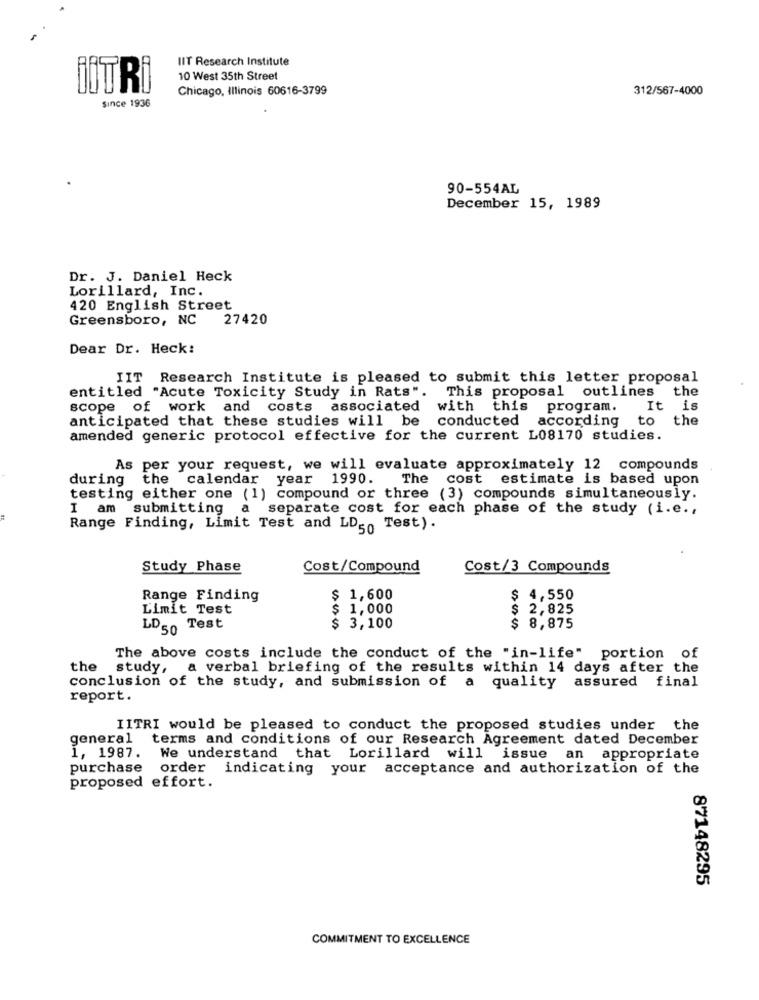
IIT Research Institute
10 West 35th Street
İITRİ
Chicago, Illinois 60616-3799
312/567-4000
Since 1936
90-554AL
December 15, 1989
Dr. J. Daniel Heck
Lorillard, Inc.
420 English Street
Greensboro, NC 27420
Dear Dr. Heck:
IIT Research Institute is pleased to submit this letter proposal
entitled "Acute Toxicity Study in Rats". This proposal outlines the
scope of work and costs associated with this
program.
It is
anticipated that these studies will be conducted according
to the
amended generic protocol effective for the current L08170 studies.
As per your request, we will evaluate approximately 12 compounds
during the calendar year 1990.
The cost estimate is based upon
testing either one (1) compound or three (3) compounds simultaneously.
I am submitting
a separate cost for each phase of the study (i.e .,
Range Finding, Limit Test and LDso Test).
Study Phase
Cost/Compound
Cost/3 Compounds
Range Finding
$ 1,600
$ 4,550
Limit Test
$ 1,000
2,825
LD50 Test
$ 3,100
$ 8,875
The above costs include the conduct of the "in-life" portion of
the
study, a verbal briefing of the results within 14 days after the
conclusion of the study, and submission of a quality assured final
report.
IITRI would be pleased to conduct the proposed studies under the
general
terms and conditions of our Research Agreement dated December
1, 1987.
We understand that Lorillard
will issue an appropriate
purchase
order indicating your acceptance and authorization of the
proposed effort.
87148295
COMMITMENT TO EXCELLENCE